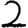
Digit: 2